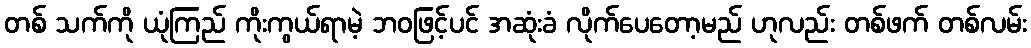
တစ် သက်ကို ယုံကြည် ကိုးကွယ်ရာမဲ့ ဘဝဖြင့်ပင် အဆုံးခံ လိုက်ပေတော့မည် ဟုလည်း တစ်ဖက် တစ်လမ်း